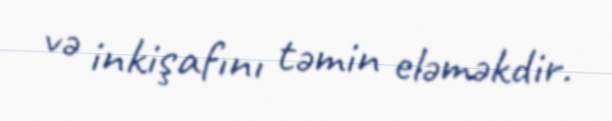
və inkişafını təmin eləməkdir.